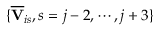
\{ \overline { { \mathbf { V } } } _ { i s } , s = j - 2 , \cdots , j + 3 \}